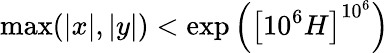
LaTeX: \operatorname*{max}(|x|,|y|)<\exp\left(\left[10^{6}H\right]^{{10}^{6}}\right)